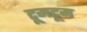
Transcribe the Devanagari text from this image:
टूमटूम